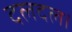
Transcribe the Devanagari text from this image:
दलदल।